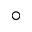
\circ